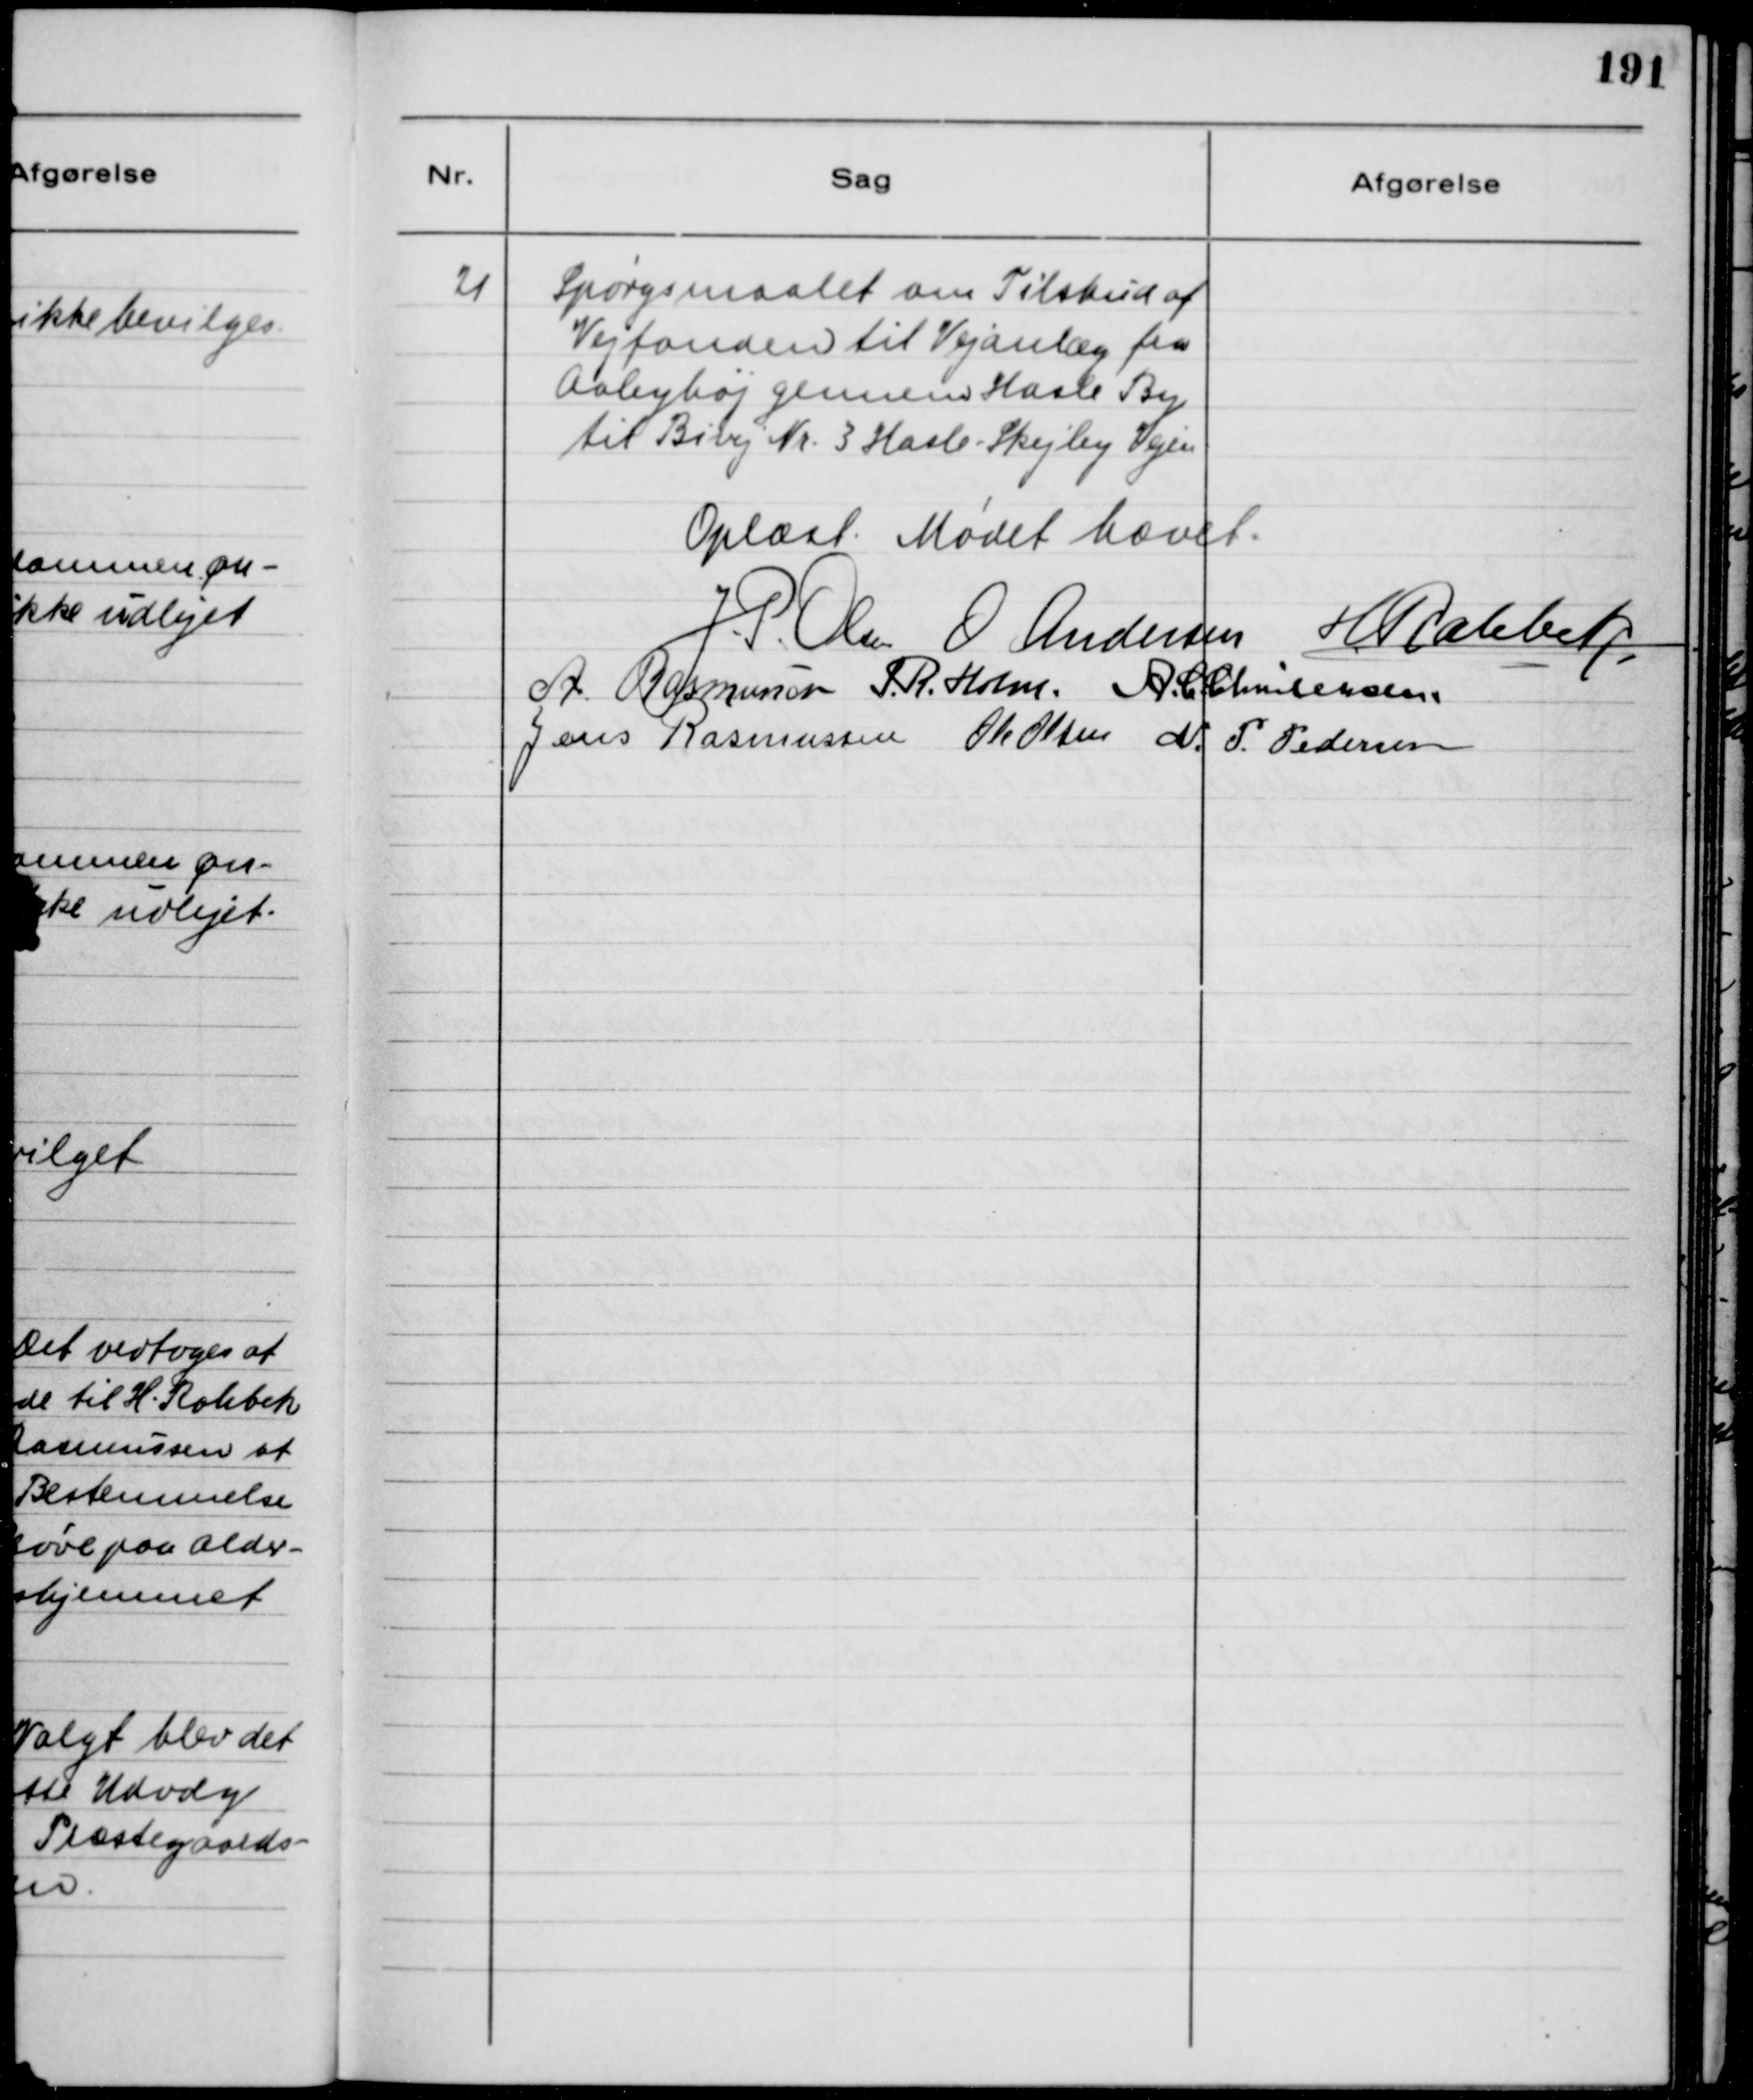
Transskription:
21
Spørgsmaalet om Tilskud af
Vejfonden til Vejanlæg fra
Aabyhøj gennem Hasle By
til Bivej Nr. 3 Hasle-Skejby Vejen
Oplæst. Mødet hævet.
J.P. Olsen
O Andersen
H Rahbek
A Rasmussen
S.R. Holm
A.C. Christensen
Jens Rasmussen
Ole Olsen
N.P. Pedersen